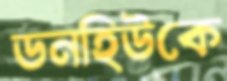
ডনহিউকে